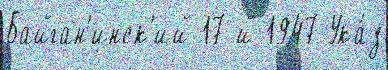
Байган'инск'ий 17-й 1947 Ука́з